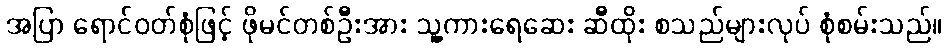
အပြာ ရောင်ဝတ်စုံဖြင့် ဖိုမင်တစ်ဦးအား သူ့ကားရေဆေး ဆီထိုး စသည်များလုပ် စုံစမ်းသည်။